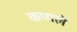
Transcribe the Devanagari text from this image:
कपाले